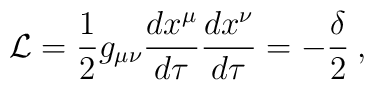
{\cal{L}}=\frac{1}{2}g_{\mu\nu}\frac{dx^{\mu}}{d \tau}       \frac{dx^{\nu}}{d \tau}=-\frac{\delta}{2}\:,